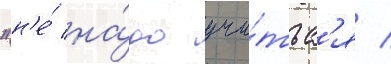
"н'е́ на́до учи́тьс'я /